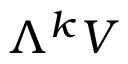
\Lambda ^ { k } V